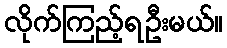
လိုက်ကြည့်ရဦးမယ်။